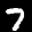
Label: 7